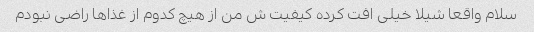
سلام واقعا شیلا خیلی افت کرده کیفیت ش من از هیچ کدوم از غذاها راضی نبودم